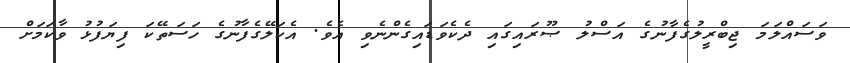
ވަސައްލަމަ ޖިބްރީލުގެފާނުގެ އަސްލު ޞޫރައިގައި ދެކެވަޑައިގެންނެވި އެވެ. އެކަލޭގެފާނުގެ ހަސަތޭކަ ފިޔަފުޅު ވާކަމަށް